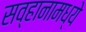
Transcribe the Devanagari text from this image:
सव्हानामध्ये